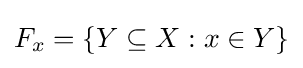
F_{x}=\{Y\subseteq X:x\in Y\}